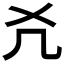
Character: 𠘮